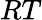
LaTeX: RT